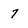
Character: 7